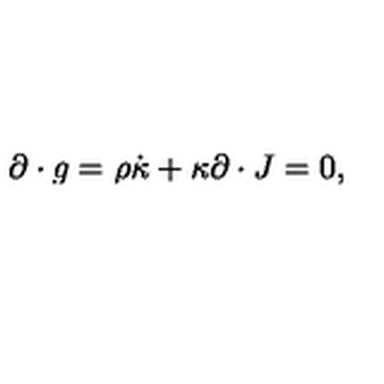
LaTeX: \partial \cdot g = \rho \dot { \kappa } + \kappa \partial \cdot J = 0 ,